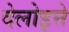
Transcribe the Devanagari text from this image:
देलोइत्ते